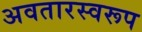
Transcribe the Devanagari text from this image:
अवतारस्वरूप